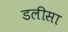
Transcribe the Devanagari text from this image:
डलीसा